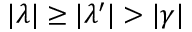
| \lambda | \geq | \lambda ^ { \prime } | > | \gamma |